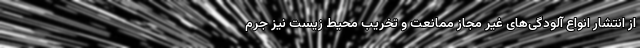
از انتشار انواع آلودگی‌های غیر مجاز ممانعت و تخریب محیط زیست نیز جرم